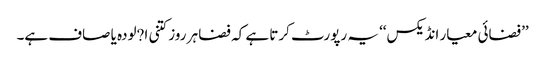
’’فضائی معیار انڈیکس‘‘ یہ رپورٹ کرتا ہے کہ فضا ہر روز کتنی ا?لودہ یا صاف ہے۔